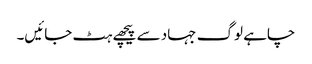
چاہے لوگ جہاد سے پیچھے ہٹ جائیں۔